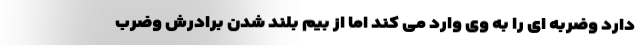
دارد وضربه ای را به وی وارد می کند اما از بیم بلند شدن برادرش وضرب